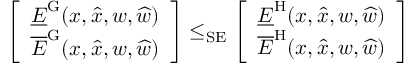
\left[ \begin{array} { l } { \underline { { E } } ^ { \mathrm { G } } ( x , \widehat { x } , w , \widehat { w } ) } \\ { \overline { { E } } ^ { \mathrm { G } } ( x , \widehat { x } , w , \widehat { w } ) } \end{array} \right] \le _ { \mathrm { S E } } \left[ \begin{array} { l } { \underline { { E } } ^ { \mathrm { H } } ( x , \widehat { x } , w , \widehat { w } ) } \\ { \overline { { E } } ^ { \mathrm { H } } ( x , \widehat { x } , w , \widehat { w } ) } \end{array} \right]